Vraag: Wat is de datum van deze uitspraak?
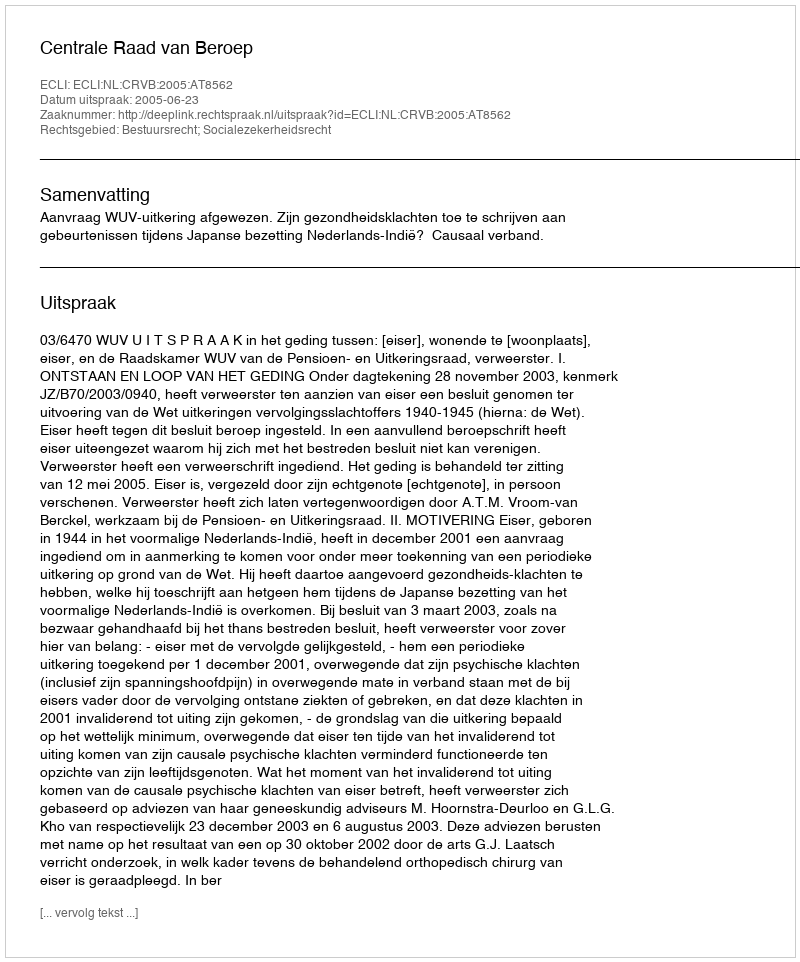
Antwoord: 2005-06-23